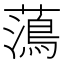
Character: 𮒒